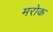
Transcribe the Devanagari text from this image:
मरोक